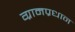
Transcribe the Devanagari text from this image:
ग्रामप्रधान